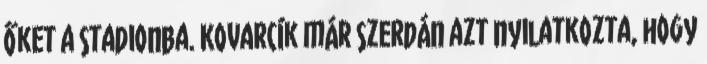
őket a stadionba. Kovarcík már szerdán azt nyilatkozta, hogy